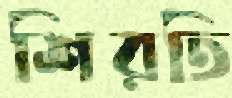
শিরতি